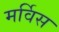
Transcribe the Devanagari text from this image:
मर्विस